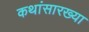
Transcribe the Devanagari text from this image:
कथांसारख्या